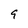
Character: 9